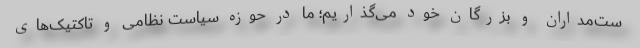
ست‌مداران و بزرگان خود می‌گذاریم؛ ما در حوزه سیاست نظامی و تاکتیک‌های